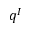
q ^ { I }